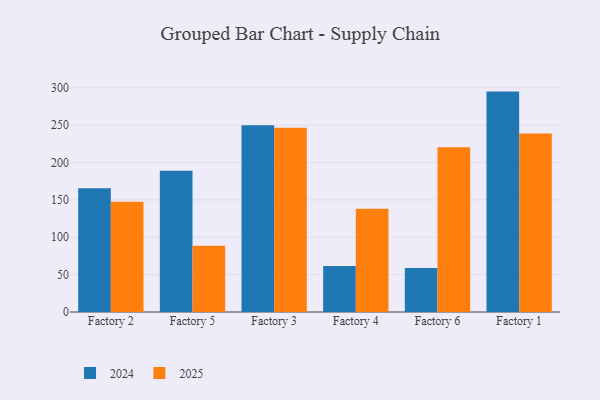
{"axis": {"x": "Factory", "y": "Budget (USD K)"}, "legend": ["2024", "2025"], "data": [{"x": "Factory 2", "y": 165.8, "type": "2024"}, {"x": "Factory 2", "y": 147.4, "type": "2025"}, {"x": "Factory 5", "y": 189.1, "type": "2024"}, {"x": "Factory 5", "y": 88.8, "type": "2025"}, {"x": "Factory 3", "y": 250.0, "type": "2024"}, {"x": "Factory 3", "y": 246.5, "type": "2025"}, {"x": "Factory 4", "y": 61.7, "type": "2024"}, {"x": "Factory 4", "y": 138.3, "type": "2025"}, {"x": "Factory 6", "y": 58.9, "type": "2024"}, {"x": "Factory 6", "y": 220.6, "type": "2025"}, {"x": "Factory 1", "y": 295.0, "type": "2024"}, {"x": "Factory 1", "y": 238.9, "type": "2025"}]}